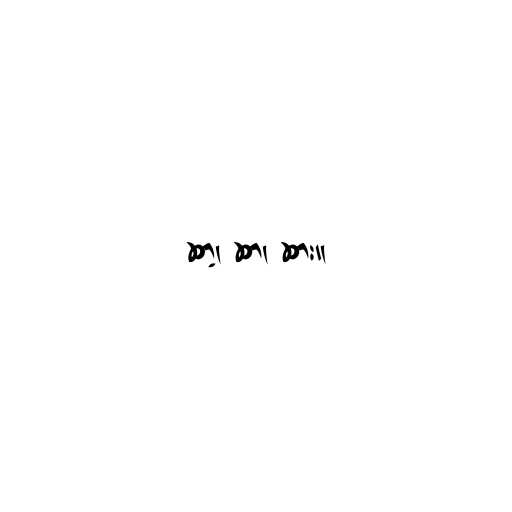
ဆာ့၊ ဆာ၊ ဆား။